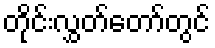
တိုင်းလွှတ်တော်တွင်